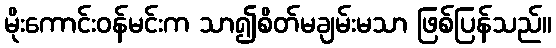
မိုးကောင်းဝန်မင်းက သာ၍စိတ်မချမ်းမသာ ဖြစ်ပြန်သည်။